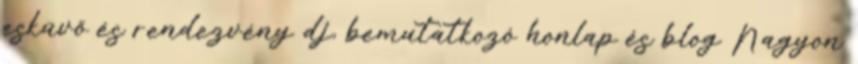
esküvő és rendezvény dj, bemutatkozó honlap és blog Nagyon